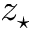
z _ { \star }